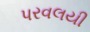
પરવલયી